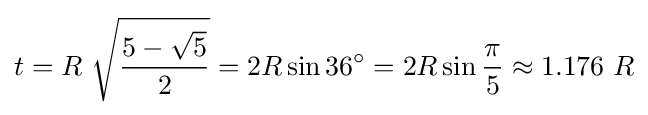
t=R\ {\sqrt {\frac {5-{\sqrt {5}}}{2}}}=2R\sin 36^{\circ }=2R\sin {\frac {\pi }{5}}\approx 1.176~R